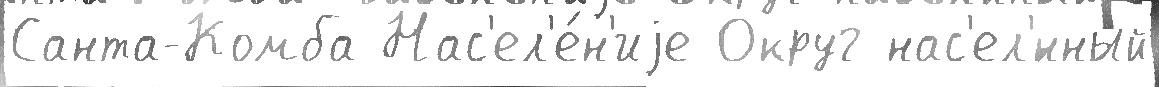
Санта-Комба Нас'ел'е́н'иjе Округ нас'ел'́нный